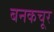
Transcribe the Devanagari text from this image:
बनकचूर